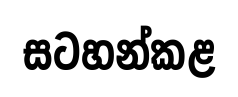
සටහන්කළ